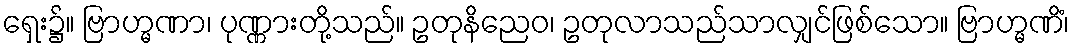
ရှေး၌။ ဗြာဟ္မဏာ၊ ပုဏ္ဏားတို့သည်။ ဥတုနိညေဝ၊ ဥတုလာသည်သာလျှင်ဖြစ်သော။ ဗြာဟ္မဏိံ၊